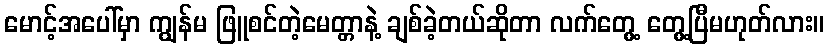
မောင့်အပေါ်မှာ ကျွန်မ ဖြူစင်တဲ့မေတ္တာနဲ့ ချစ်ခဲ့တယ်ဆိုတာ လက်တွေ့ တွေ့ပြီမဟုတ်လား။